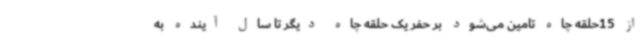
از 15حلقه چاه تامین می‌شود بر حفر یک حلقه چاه دیگر تا سال آینده به